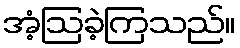
အံ့ဩခဲ့ကြသည်။